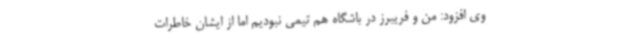
وی افزود: من و فریبرز در باشگاه هم تیمی نبودیم اما از ایشان خاطرات